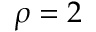
\rho = 2